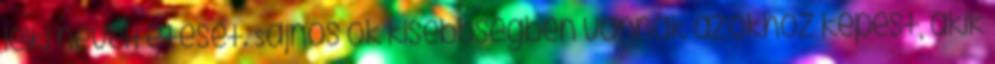
lelki neveltetését. Sajnos ők kisebbségben vannak azokhoz képest, akik